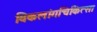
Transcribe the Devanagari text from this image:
विकलांगचिकित्सा